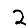
Digit: 2